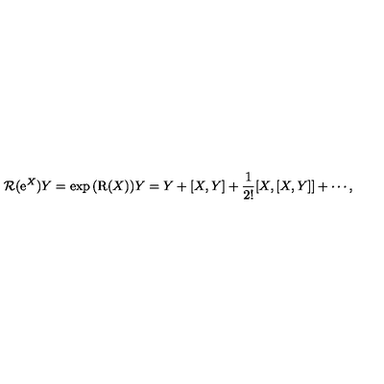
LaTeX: \mathrm { \cal { R } } ( \mathrm { e } ^ { X } ) Y = \exp { ( \mathrm { R } ( X ) ) } Y = Y + [ X , Y ] + \frac { 1 } { 2 ! } [ X , [ X , Y ] ] + \cdots ,